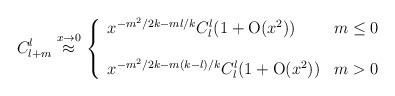
LaTeX: \begin{align*}C^{l}_{l+m}\stackrel{x \rightarrow 0}{\approx}\left\{ \begin{array}{lc}x^{-m^{2}/2k-ml/k}C^{l}_{l}(1+{\rm O}(x^{2}))&m \leq 0\\ \\x^{-m^{2}/2k-m(k-l)/k}C^{l}_{l}(1+{\rm O}(x^{2}))&m>0\end{array} \right.\end{align*}